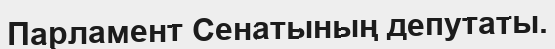
Парламент Сенатының депутаты.